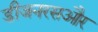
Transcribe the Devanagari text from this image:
डीजनरसऔर